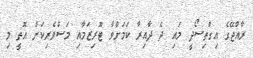
ރާއްޖޭގެ އިގްތިސޯދީ މައި ދެ ދާއިރާ ކަމަށްވާ ޓޫރިޒަމާއި މަސްވެރިކަން އޮތީ މި